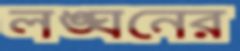
লঙ্ঘনের